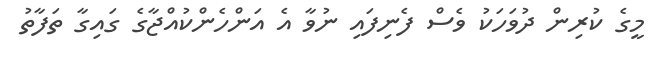
މީގެ ކުރިން ދުވަހަކު ވެސް ފެނިފައި ނުވާ އެ އަންހެންކުއްޖާގެ ގައިގާ ތަފާތު